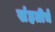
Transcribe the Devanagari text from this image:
संहतीचे